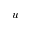
u